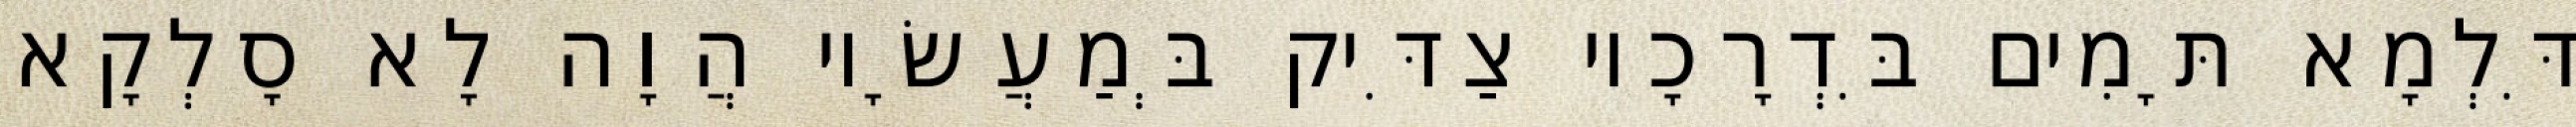
דִּלְמָא תָּמִים בִּדְרָכָיו צַדִּיק בְּמַעֲשָׂיו הֲוָה לָא סָלְקָא